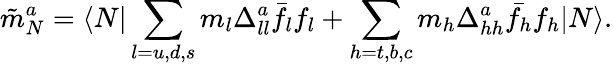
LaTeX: \tilde{m}_{N}^{a}=\langle N|\sum_{l=u,d,s}m_{l}\Delta_{ll}^{a}\bar{f_{l}}f_{l}+\sum_{h=t,b,c}m_{h}\Delta_{hh}^{a}\bar{f_{h}}f_{h}|N\rangle.